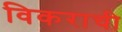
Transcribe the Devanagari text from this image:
विकराची